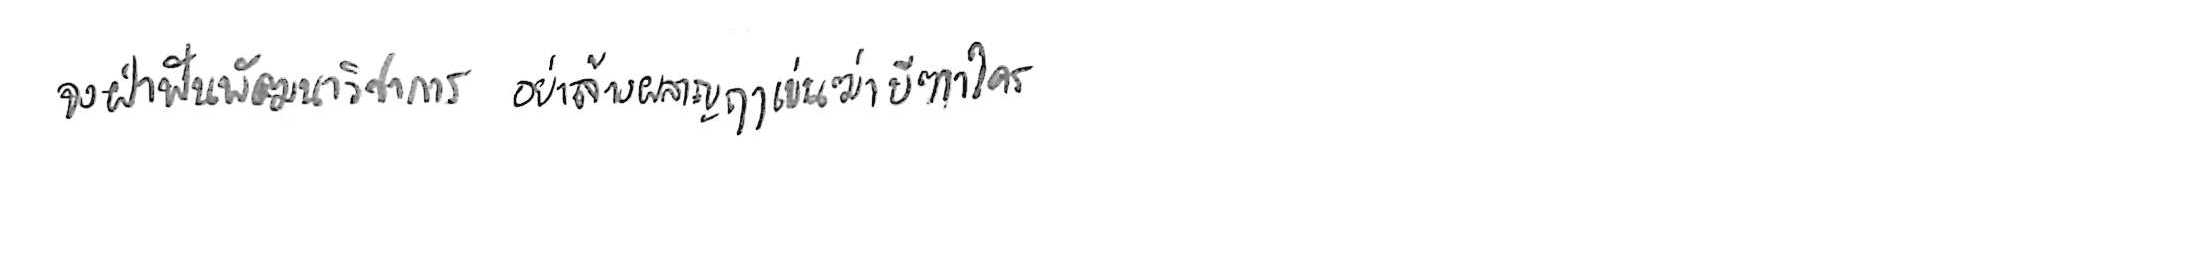
จงฝ่าฟันพัฒนาวิชาการ อย่าล้างผลาญฤๅเข่นฆ่าบีฑาใคร